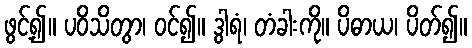
ဖွင့်၍။ ပဝိသိတွာ၊ ဝင်၍။ ဒွါရံ၊ တံခါးကို။ ပိဓာယ၊ ပိတ်၍။